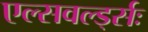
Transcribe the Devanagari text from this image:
एल्सवर्ल्ड्सः